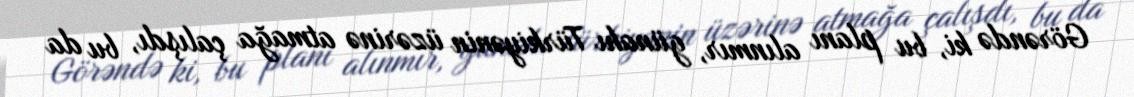
Görəndə ki, bu planı alınmır, günahı Türkiyənin üzərinə atmağa çalışdı, bu da